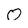
Character: 0